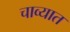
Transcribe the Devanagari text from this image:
चाव्यात